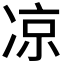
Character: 凉